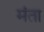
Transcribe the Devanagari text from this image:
मंता